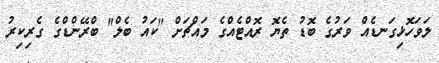
ލަވަހޮޅިގަނޑެއް ވަރުގެ ބޮޑު ތެޔޮ ރޮއްޓެއްގެ މައްޗަށް "ކައު ބެލް" ބްރޭންޑްގެ ގެރިކިރު